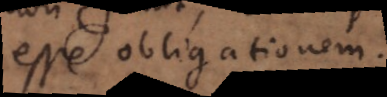
esse obligationem.